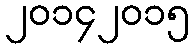
၂၀၁၄၂၀၁၅